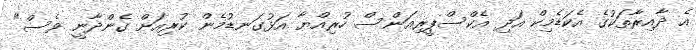
އެ ދާއިރާތަކުގެ އެކަޑެމިކް އަދި އެކްސްޕީރިއަންސް ހުރިއްޔާ އަޅުގަނޑުމެން ކުރިއަށް ގެންދާނީ ވެސް"